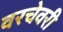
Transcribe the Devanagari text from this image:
वरचेवरी